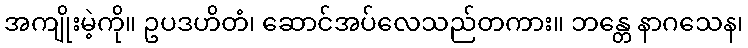
အကျိုးမဲ့ကို။ ဥပဒဟိတံ၊ ဆောင်အပ်လေသည်တကား။ ဘန္တေ နာဂသေန၊